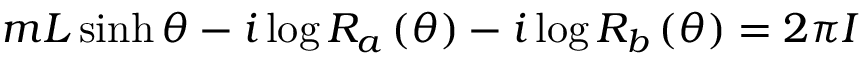
m L \sinh \theta - i \log R _ { a } \left( \theta \right) - i \log R _ { b } \left( \theta \right) = 2 \pi I